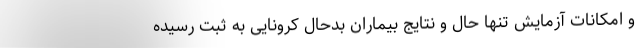
و امکانات آزمایش تنها حال و نتایج بیماران بدحال کرونایی به ثبت رسیده